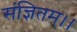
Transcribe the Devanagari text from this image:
संज्ञितम्।।